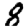
Digit: 8